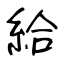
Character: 給